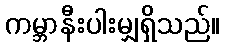
ကမ္ဘာနီးပါးမျှရှိသည်။